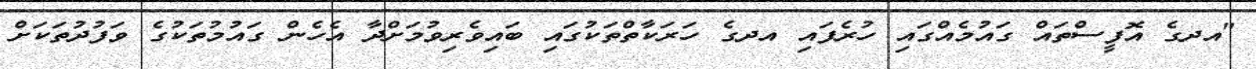
"އދގެ އޮފީސްތައް ގައުމެއްގައި ހުރެފައި އދގެ ހަރަކާތްތަކުގައި ބައިވެރިވުމަށްދާ އެހެން ގައުމުތަކުގެ ވަފުދުތަކަށް